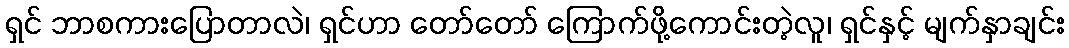
ရှင် ဘာစကားပြောတာလဲ၊ ရှင်ဟာ တော်တော် ကြောက်ဖို့ကောင်းတဲ့လူ၊ ရှင်နှင့် မျက်နှာချင်း